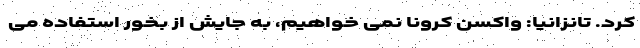
کرد. تانزانیا: واکسن کرونا نمی خواهیم، به جایش از بُخور استفاده می